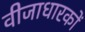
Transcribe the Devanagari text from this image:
वीजाधारकों